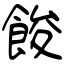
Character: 餕